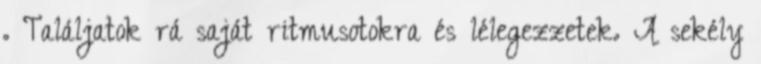
. Találjatok rá saját ritmusotokra és lélegezzetek. A sekély